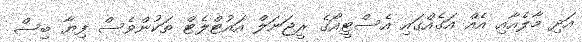
އަދި މާލެއާއި އެއް އަގެއްގައި އެސްޓީއޯގެ ރީޖަނަލް އައުޓްލެޓް ތަކުންވެސް ފިޔާ ބިސް